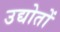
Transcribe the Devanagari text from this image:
उद्योतों